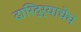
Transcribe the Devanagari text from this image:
दारिद्र्याचेच